Report on the working of the Ranchi Indian Mental Hospital, Kanke, in Bihar and Orissa - 1930-1940
Year: 1930
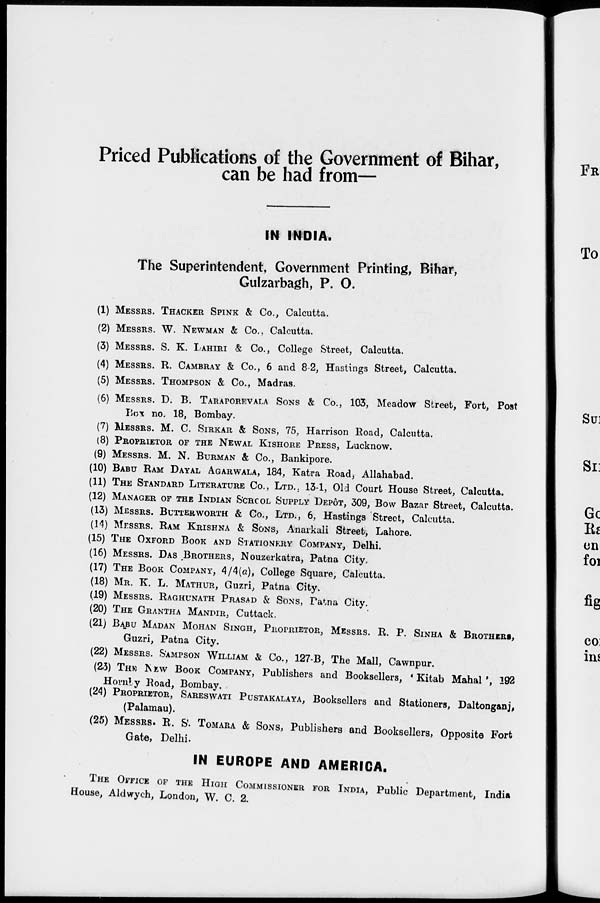
Priced Publications of the Government of Bihar,
can be had from—
IN INDIA.
The Superintendent, Government Printing, Bihar,
Gulzarbagh, P. O.
(1) MESSES. THACKER SPINK & Co., Calcutta.
(2) MESSES. W. NEWMAN & Co., Calcutta.
(3) MESSES. S. K. LAHIRI & Co., College Street, Calcutta.
(4) MESSES. R. CAMBRAY & Co., 6 and 8-2, Hastings Street, Calcutta.
(5) MESSES. THOMPSON & Co., Madras.
(6) MESSES. D. B. TARAPOREVALA SONS & Co., 103, Meadow Street, Fort, Post
Box no. 18, Bombay.
(7) MESSES. M. C. SIRKAR & SONS, 75, Harrison Road, Calcutta.
(8) PROPRIETOR OF THE NEWAL KISHORE PRESS, Lucknow.
(9) MESSES. M. N. BURMAN & Co., Bankipore.
(10) BABU RAM DAYAL AGARWALA, 184, Katra Road, Allahabad.
(11) THE STANDARD LITERATURE CO., LTD., 13-1, Old Court House Street, Calcutta.
(12) MANAGER OF THE INDIAN SCHOOL SUPPLY DEPÔT, 309, Bow Bazar Street, Calcutta.
(13) MESSES. BUTTERWORTH & Co., LTD., 6, Hastings Street, Calcutta.
(14) MESSES. RAM KRISHNA & SONS, Anarkali Street, Lahore.
(15) THE OXFORD BOOK AND STATIONERY COMPANY, Delhi.
(16) MESSES. DAS BROTHERS, Nouzerkatra, Patna City.
(17) THE BOOK COMPANY, 4/4(a), College Square, Calcutta.
(18) MR. K. L. MATHUR, Guzri, Patna City.
(19) MESSES. RAGHUNATH PRASAD & SONS, Patna City.
(20) THE GRANTHA MANDIR, Cuttack.
(21) BABU MADAN MOHAN SINGH, PROPRIETOR, MESSES. R. P. SINHA & BROTHERS,
Guzri, Patna City.
(22) MESSES. SAMPSON WILLIAM & Co., 127-B, The Mall, Cawnpur.
(23) THE NEW BOOK COMPANY, Publishers and Booksellers, ' Kitab Mahal', 192
Hornby Road, Bombay.
(24) PROPRIETOR, SARESWATI PUSTAKALAYA, Booksellers and Stationers, Daltonganj,
(Palamau).
(25) MESSES. R. S. TOMARA & SONS, Publishers and Booksellers, Opposite Fort
Gate, Delhi.
IN EUROPE AND AMERICA.
THE OFFICE OF THE HIGH COMMISSIONER FOR INDIA, Public Department, India
House, Aldwych, London, W. C. 2.